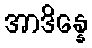
အာဒိန္နေ